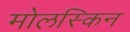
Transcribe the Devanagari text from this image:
मोलस्किन